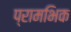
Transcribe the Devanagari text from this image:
प्रामभिक